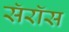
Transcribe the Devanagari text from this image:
सॅरॉस